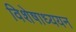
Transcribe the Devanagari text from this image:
विशेषाध्ययन